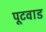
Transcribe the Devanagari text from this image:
पूटवाड